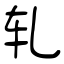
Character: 轧